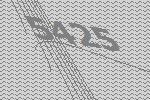
5425